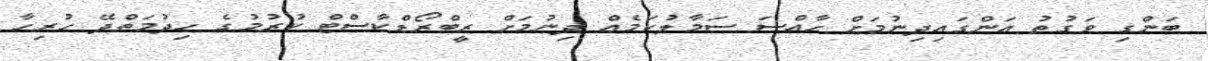
ބަންގި ވަގުތު އަންގައިދިނުމަށް ހާއްސަ ސަމާލުކަމެއް ދިނުމަށް ރީބްރޯޑްކާސްޓް ކުރުމުގެ ހިދުމަތްދޭ ހުރިހާ